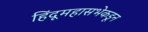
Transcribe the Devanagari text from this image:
हिंदूमहासभेकडून